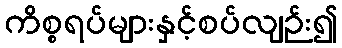
ကိစ္စရပ်များနှင့်စပ်လျဉ်း၍